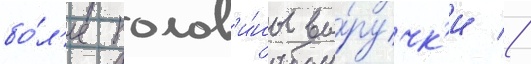
бо́л'ее полов'и́ны вы́ручк'и //